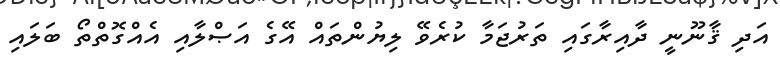
އަދި ޤާނޫނީ ދާއިރާގައި ތަރުޖަމާ ކުރެވޭ ލިޔުންތައް އޭގެ އަޞްލާއި އެއްގޮތްތޯ ބަލައި